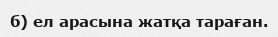
б) ел арасына жатқа тараған.